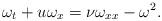
LaTeX: \begin{align*} \omega_t + u\omega_x &= \nu\omega_{xx}-\omega^2.\end{align*}